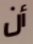
أن